Scottish Certificate of Education, 1963
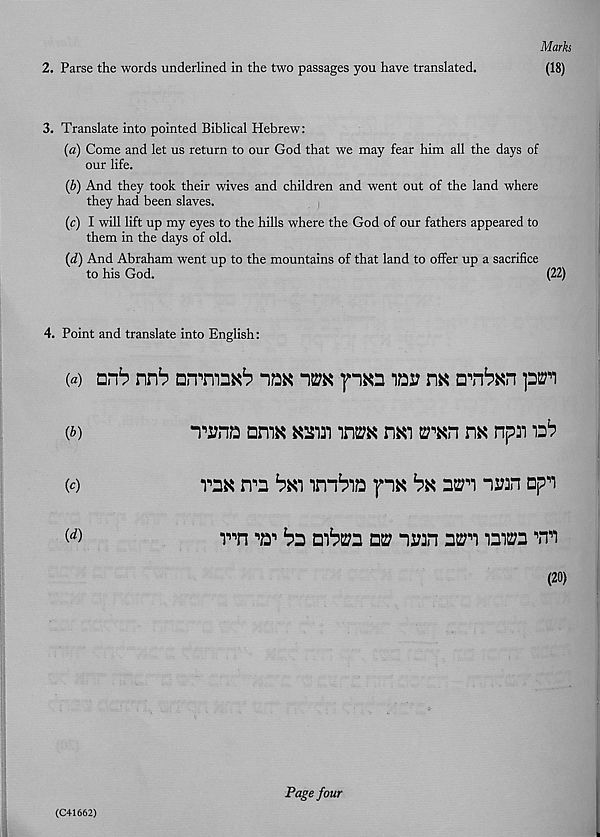
2. Parse the words underlined in the two passages you have translated.
Marks
(18)
3. Translate into pointed Biblical Hebrew:
(а) Come and let us return to our God that we may fear him all the days of
our life.
(б) And they took their wives and children and went out of the land where
they had been slaves.
(c) I will lift up my eyes to the hills where the God of our fathers appeared to
them in the days of old.
(d) And Abraham went up to the mountains of that land to offer up a sacrifice
to his God.
(22)
4. Point and translate into English:
(a) unb nrb Dirmn^ naa
paa lai?
arban pen
(t)
Tj?na amx aain irm rw tran m npn vb
(c)
raK n^a bm imbia pa bn nm nan ap^i
(<*)
v'n w bs mb27a a® naan nm iai2?a wn
(20)
(C41662)
Page four